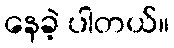
နေခဲ့ ပါတယ်။